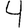
Digit: 4